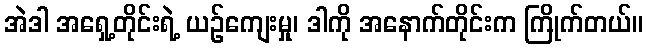
အဲဒါ အရှေ့တိုင်းရဲ့ ယဉ်ကျေးမှု၊ ဒါကို အနောက်တိုင်းက ကြိုက်တယ်။